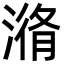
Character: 潃